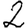
Digit: 2